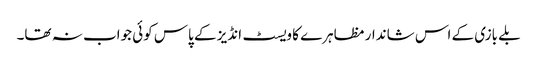
بلے بازی کے اس شاندار مظاہرے کا ویسٹ انڈیز کے پاس کوئی جواب نہ تھا۔